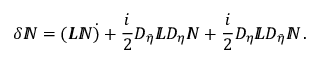
\delta { I \! \! N } = ( { I \! \! L } { I \! \! N } \dot { ) } + \frac { i } { 2 } D _ { \bar { \eta } } { I \! \! L } D _ { \eta } { I \! \! N } + \frac { i } { 2 } D _ { \eta } { I \! \! L } D _ { \bar { \eta } } { I \! \! N } \, .